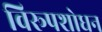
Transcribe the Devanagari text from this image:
विरूपशोधन